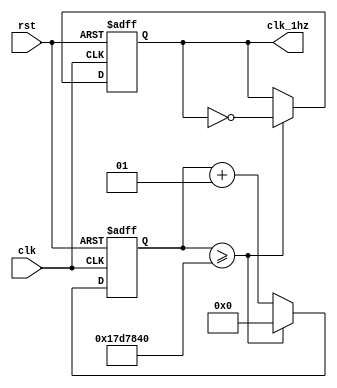
module div_clk(clk, rst, clk_1hz);
	input rst;
	input clk;
	output reg clk_1hz;
	integer counter;

	always @(posedge clk or negedge rst) begin
		if (!rst)
			clk_1hz <= 0;
		else if (counter >= 25000000)
			clk_1hz <= ~clk_1hz;
	end

	always @(posedge clk or negedge rst) begin
		if (!rst)
			counter <= 0;
		else if (counter >= 25000000)
			counter <= 0;
		else
			counter <= counter + 1;
	end
	
endmodule